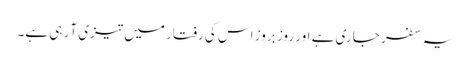
یہ سفر جاری ہے اور روز بروز اس کی رفتار میں تیزی آ رہی ہے۔